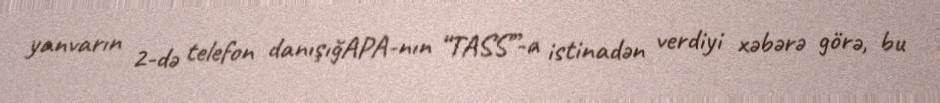
yanvarın 2-də telefon danışığAPA-nın “TASS”-a istinadən verdiyi xəbərə görə, bu